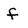
Character: f